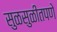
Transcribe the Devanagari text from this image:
सुळसुळीतपणे